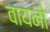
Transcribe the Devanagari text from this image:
वायनी